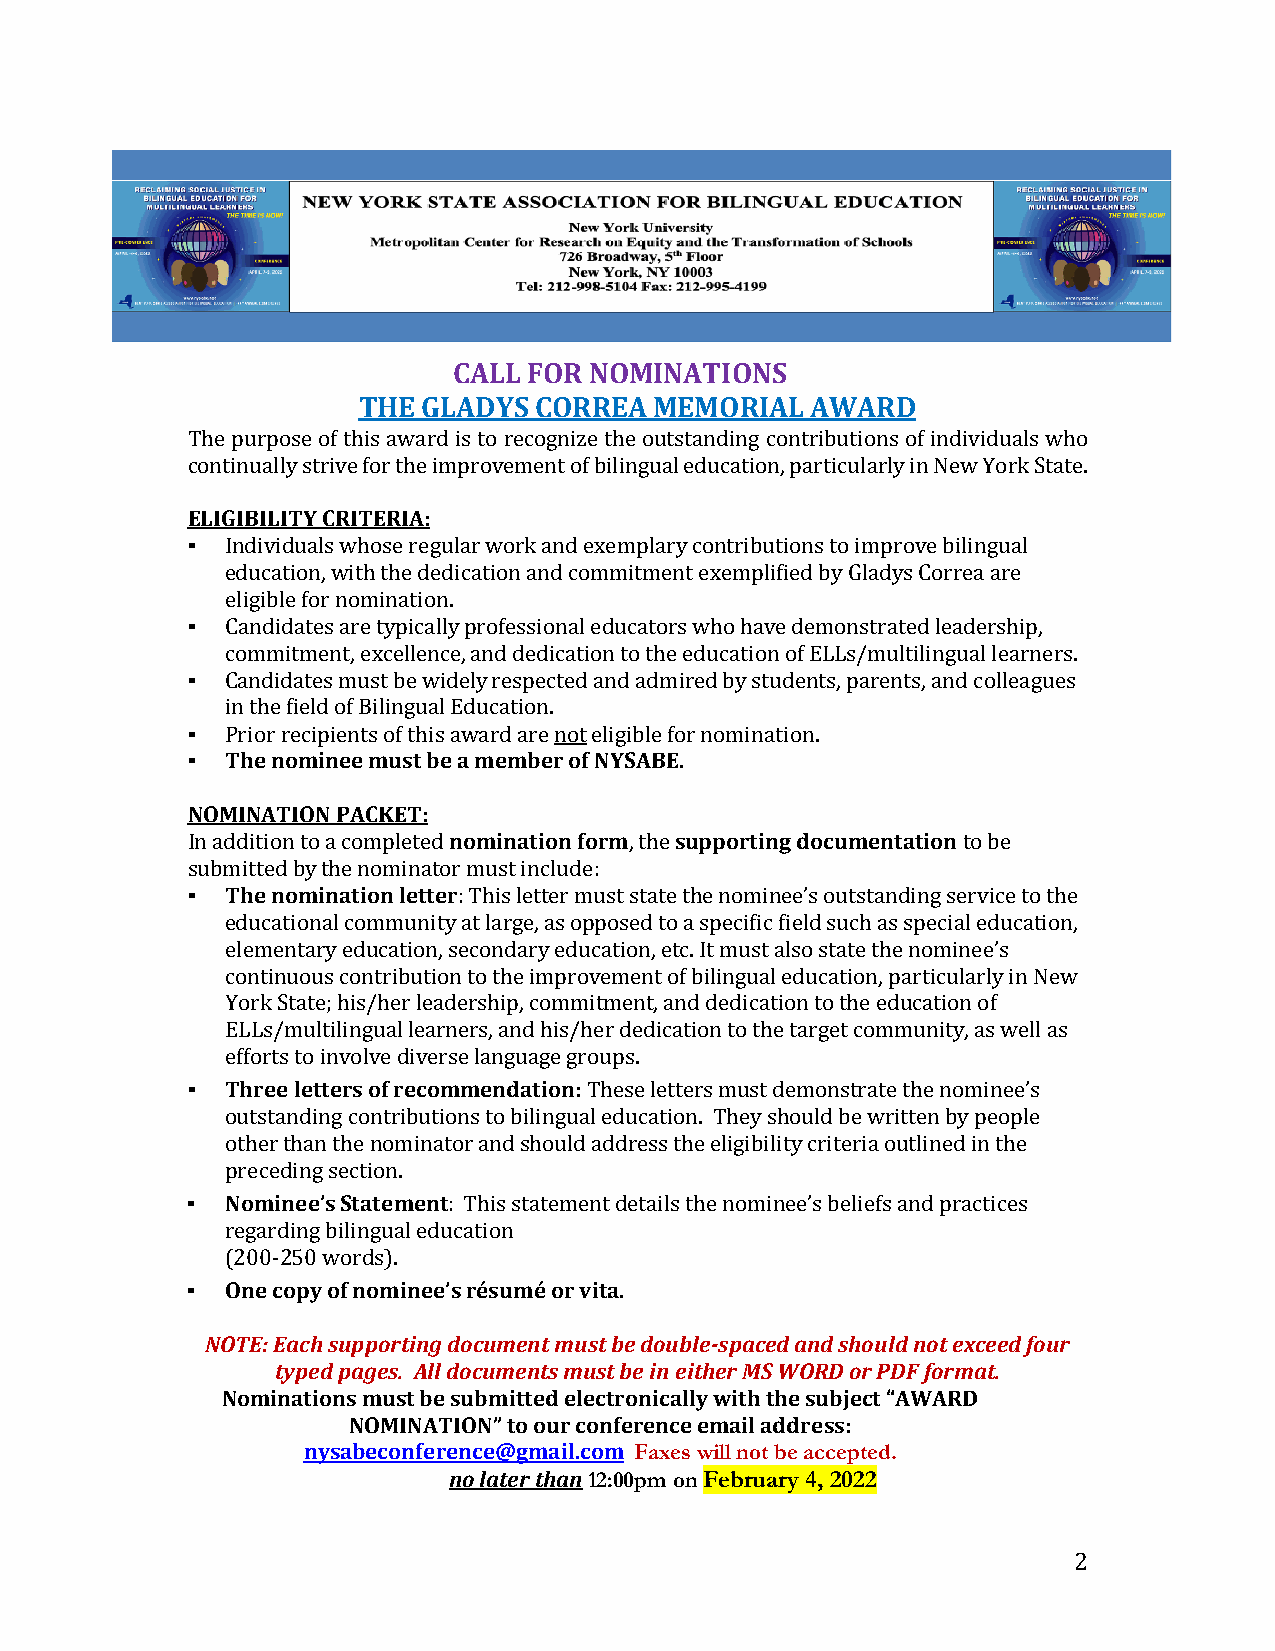
CALL FOR NOMINATIONS
 THE GLADYS CORREA  MEMORIAL   AWARD
 The purpose of this award is to recognize the outstanding contributions of individuals who
 cEoLnIGtiInBuIaLllIyT sYt rCiRveIT foErR tIhAe: improvement of bilingual education, particularly in New York State.
 ▪
 Individuals whose regular work and exemplary contributions to improve bilingual
 ▪  education, with the dedication and commitment exemplified by Gladys Correa are
 eligible for nomination.
 ▪  Candidates are typically professional educators who have demonstrated leadership,
 commitment, excellence, and dedication to the education of ELLs/multilingual learners.
 ▪  Candidates must be widely respected and admired by students, parents, and colleagues
 ▪  Tinh teh en ofimeldin oefe B miliunsgtu bale E ad muceamtiobne.r of NYSABE.
 Prior recipients of this award are not eligible for nomination.
 NOMINATION PACKET:
 nomination form supporting documentation
 I▪n adTdhieti onno mtoi an acotimonp lleettetde r , the to be
 submitted by the nominator must include:
 : This letter must state the nominee’s outstanding service to the
 educational community at large, as opposed to a specific field such as special education,
 elementary education, secondary education, etc. It must also state the nominee’s
 continuous contribution to the improvement of bilingual education, particularly in New
 York State; his/her leadership, commitment, and dedication to the education of
 ELLs/multilingual learners, and his/her dedication to the target community, as well as
 ▪  Three letters of recommendation:
 efforts to involve diverse language groups.
 These letters must demonstrate the nominee’s
 outstanding contributions to bilingual education. They should be written by people
 other than the nominator and should address the eligibility criteria outlined in the
 ▪  Nominee’s Statement
 preceding section.
 : This statement details the nominee’s beliefs and practices
 regarding bilingual education
 ▪  One copy of nominee’s résumé or vita
 (200-250 words).
 NOTE: Each supporting document must b. e double-spaced and should not exceed four
 typed pages. All documents must be in either MS WORD or PDF format.
 Nominations must be submitted electronically with the subject “AWARD
 NOMINATION” to our conference email address:
 nysabeconference@gmail.com Faxes will not be accepted.
 no later than 12:00pm on February 4, 2022
 2